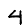
Digit: 4